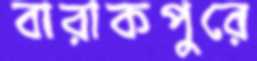
বারাকপুরে